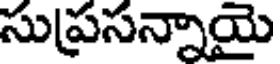
సుప్రసన్నాయై